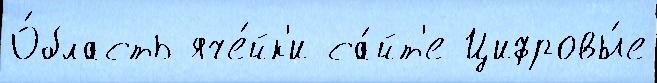
О́бласть яче́йк'и са́йт'е Цифровы́е